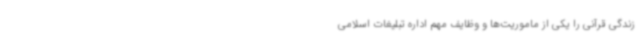
زندگی قرآنی را یکی از ماموریت‌ها و وظایف مهم اداره تبلیغات اسلامی